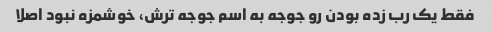
فقط یک رب زده بودن رو جوجه به اسم جوجه ترش، خوشمزه نبود اصلا